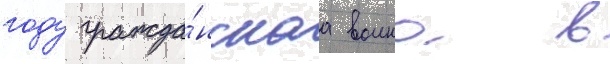
году гражда́нскаа воина в